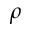
\rho